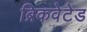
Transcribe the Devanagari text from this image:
ब्रिकवेटेड